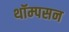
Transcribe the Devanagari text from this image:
थॉम्‍पसन